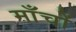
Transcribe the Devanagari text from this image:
माँचों